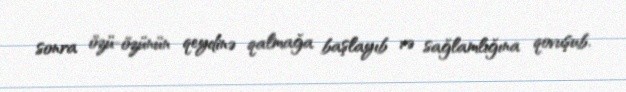
sonra özü-özünün qeydinə qalmağa başlayıb və sağlamlığına qovuşub.